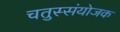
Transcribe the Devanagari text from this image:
चतुस्संयोजक